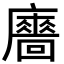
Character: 𢋾